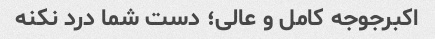
اکبرجوجه کامل و عالی؛ دست شما درد نکنه